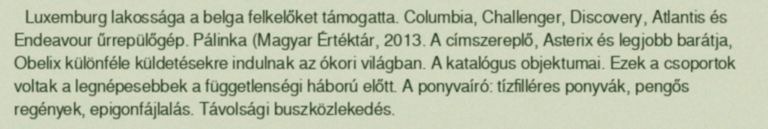
Luxemburg lakossága a belga felkelőket támogatta. Columbia, Challenger, Discovery, Atlantis és Endeavour űrrepülőgép. Pálinka (Magyar Értéktár, 2013. A címszereplő, Asterix és legjobb barátja, Obelix különféle küldetésekre indulnak az ókori világban. A katalógus objektumai. Ezek a csoportok voltak a legnépesebbek a függetlenségi háború előtt. A ponyvaíró: tízfilléres ponyvák, pengős regények, epigonfájlalás. Távolsági buszközlekedés.